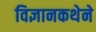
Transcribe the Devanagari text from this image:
विज्ञानकथेने